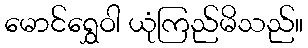
မောင်ရွှေဝါ ယုံကြည်မိသည်။